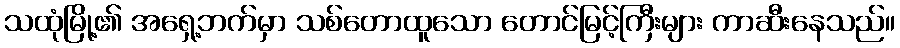
သထုံမြို့၏ အရှေ့ဘက်မှာ သစ်တောထူသော တောင်မြင့်ကြီးများ ကာဆီးနေသည်။